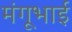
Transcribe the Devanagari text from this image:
मंगूभाई